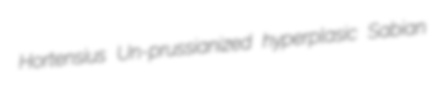
Hortensius Un-prussianized hyperplasic Sabian